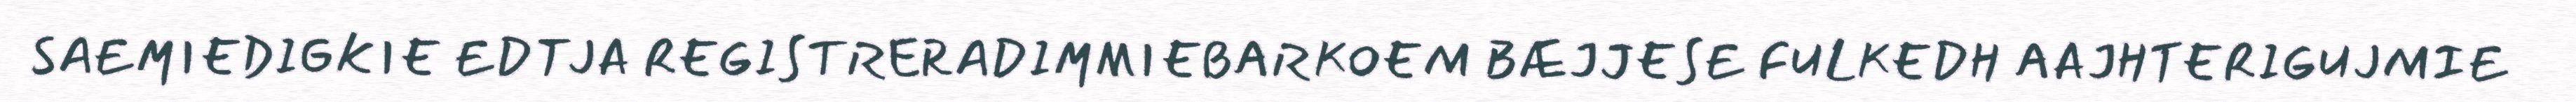
SAEMIEDIGKIE EDTJA REGISTRERADIMMIEBARKOEM BÆJJESE FULKEDH AAJHTERIGUJMIE